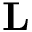
\mathbf { L }